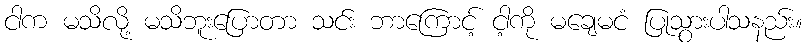
ငါက မသိလို့ မသိဘူးပြောတာ သင်း ဘာကြောင့် ငါ့ကို မချေမငံ ပြုသွားပါသနည်း။